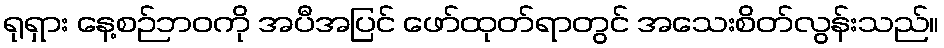
ရုရှား နေ့စဉ်ဘဝကို အပီအပြင် ဖော်ထုတ်ရာတွင် အသေးစိတ်လွန်းသည်။